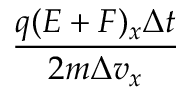
\frac { q ( \boldsymbol { E } + \boldsymbol { F } ) _ { x } \Delta t } { 2 m \Delta v _ { x } }